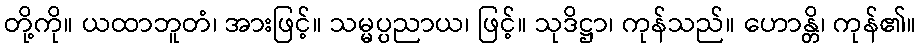
တို့ကို။ ယထာဘူတံ၊ အားဖြင့်။ သမ္မပ္ပညာယ၊ ဖြင့်။ သုဒိဋ္ဌာ၊ ကုန်သည်။ ဟောန္တိ၊ ကုန်၏။